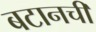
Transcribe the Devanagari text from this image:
बटानची